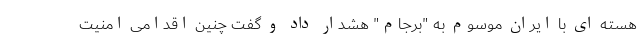
هسته ای با ایران موسوم به "برجام" هشدار داد و گفت چنین اقدامی امنیت